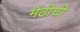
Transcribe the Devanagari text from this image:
मेंढीची